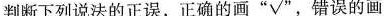
判断下列说法的正误，正确的画“√”，错误的画